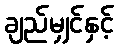
ချည်မျှင်နှင့်